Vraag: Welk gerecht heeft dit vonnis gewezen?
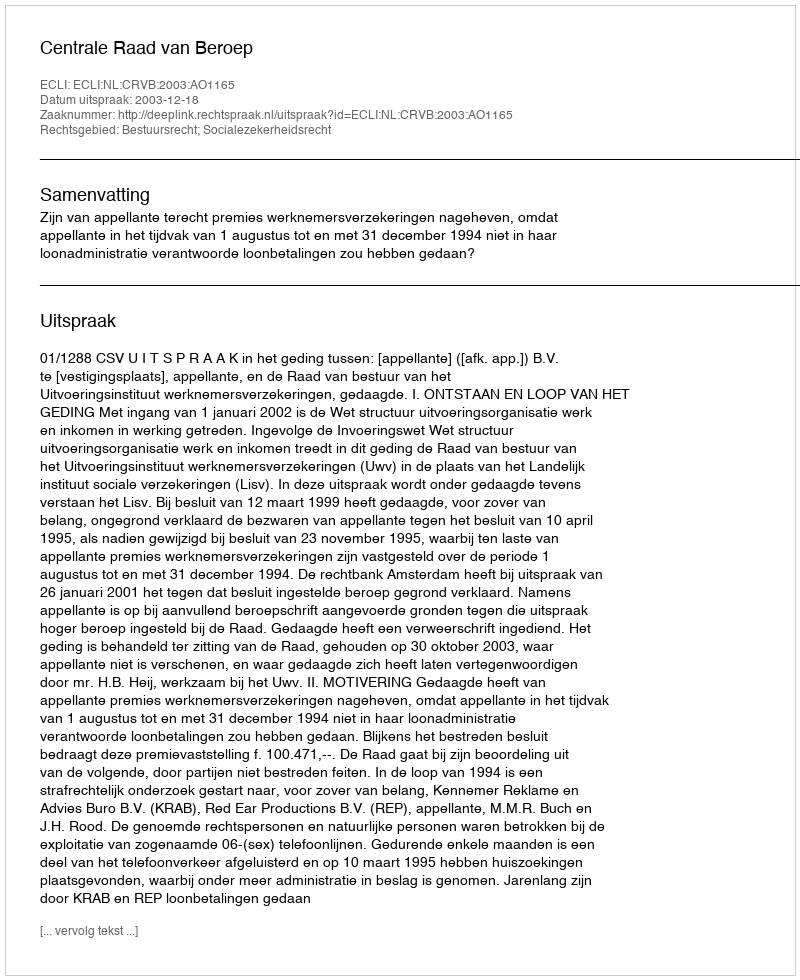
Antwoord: Centrale Raad van Beroep